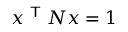
x ^ { \textsf { T } } N x = 1